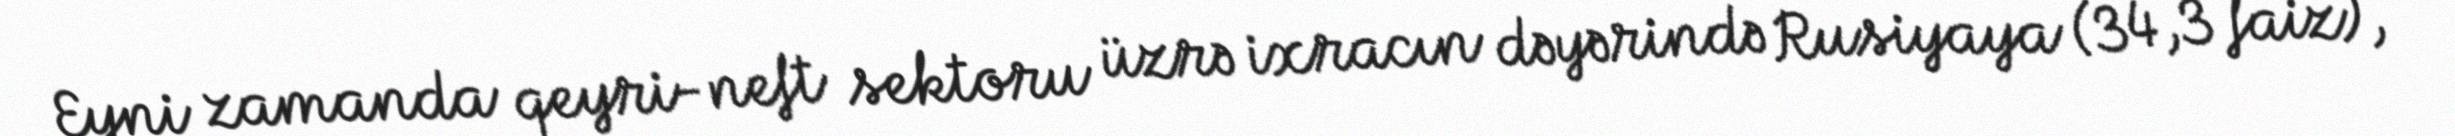
Eyni zamanda qeyri-neft sektoru üzrə ixracın dəyərində Rusiyaya (34,3 faiz),